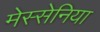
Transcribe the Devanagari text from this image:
मेस्सेनिया